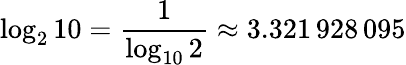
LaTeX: \log_{2}10={\frac{1}{\log_{10}2}}\approx 3.321\, 928\, 095